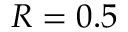
R = 0 . 5